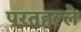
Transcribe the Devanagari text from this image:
परतहल्ले